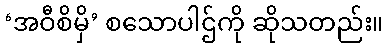
‘အဝီစိမှိ’ စသောပါဌ်ကို ဆိုသတည်း။